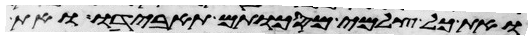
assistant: ואת כל צלמי מסכותם תאבידו ואת